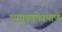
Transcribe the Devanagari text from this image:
उपयुक्ततेप्रमाणे